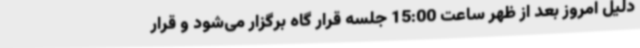
دلیل امروز بعد از ظهر ساعت 15:00 جلسه قرار گاه برگزار می‌شود و قرار